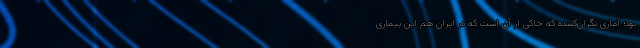
بود؛ آماری نگران‌کننده که حاکی از آن است که در ایران هم این بیماری